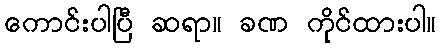
ကောင်းပါပြီ ဆရာ။ ခဏ ကိုင်ထားပါ။